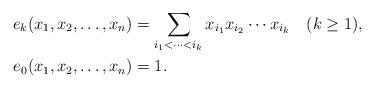
LaTeX: \begin{align*}e_k(x_1,x_2,\dots,x_n) &= \sum_{i_1<\cdots< i_k} x_{i_1}x_{i_2}\cdots x_{i_k} \quad\mbox{\rm ($k\ge 1$),}\\e_0(x_1,x_2,\dots,x_n) &= 1.\end{align*}